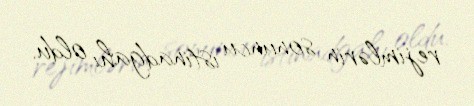
rejimlərin sonuncu istinadgahı oldu.